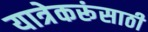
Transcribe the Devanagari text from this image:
यात्रेकरूंसाठी